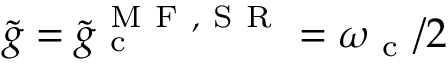
\tilde { g } = \tilde { g } _ { \mathrm { ~ c ~ } } ^ { \mathrm { ~ M ~ F ~ , ~ S ~ R ~ } } = \omega _ { \mathrm { ~ c ~ } } / 2